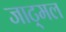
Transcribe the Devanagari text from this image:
जाट्मल